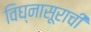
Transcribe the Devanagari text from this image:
विघ्‍नासूराची